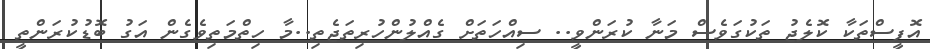
އޮފީސްތަކާ ކޮލެޖު ތަކުގަވެސް މަނާ ކުރަންވީ.. ސިއްހަތަށް ގެއްލުންހުރިތަޖެތި..މާ ހިތްމަތިވެގެން އަގު ބޮޑުކުރަންތީ